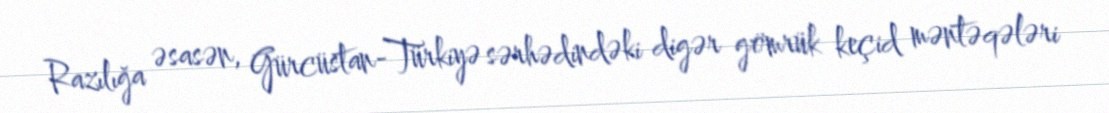
Razılığa əsasən, Gürcüstan-Türkiyə sərhədindəki digər gömrük keçid məntəqələri